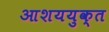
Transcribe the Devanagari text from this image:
आशययुक्त